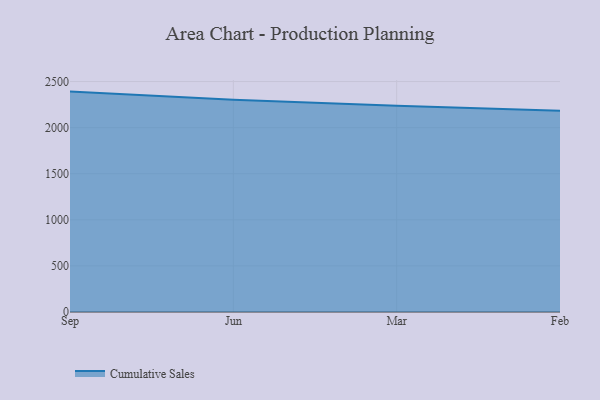
{"axis": {"x": "Month", "y": "Active Users"}, "legend": ["Cumulative Sales"], "data": [{"x": "Sep", "y": 2391.1, "type": "Cumulative Sales"}, {"x": "Jun", "y": 2302.0, "type": "Cumulative Sales"}, {"x": "Mar", "y": 2238.8, "type": "Cumulative Sales"}, {"x": "Feb", "y": 2184.1, "type": "Cumulative Sales"}]}